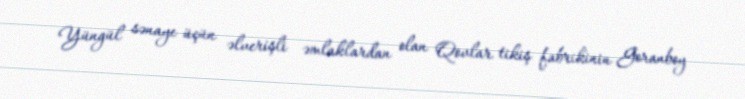
Yüngül sənaye üçün əlverişli əmlaklardan olan Qovlar tikiş fabrikinin Goranboy